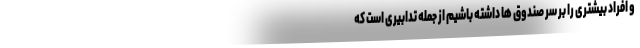
و افراد بیشتری را بر سر صندوق ها داشته باشیم از جمله تدابیری است که